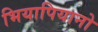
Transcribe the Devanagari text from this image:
भियापियानो